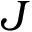
\boldsymbol { J }